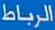
الربطاط